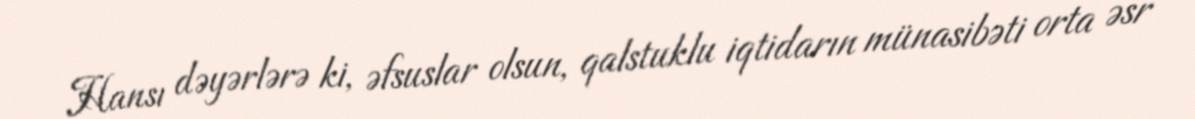
Hansı dəyərlərə ki, əfsuslar olsun, qalstuklu iqtidarın münasibəti orta əsr